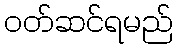
ဝတ်ဆင်ရမည်